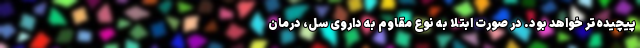
پیچیده‌تر خواهد بود. در صورت ابتلا به نوع مقاوم به داروی سل، درمان